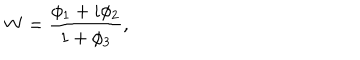
LaTeX: W = \frac { \phi _ { 1 } + i \phi _ { 2 } } { 1 + \phi _ { 3 } } ,